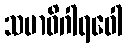
သမာဓိဂါရဝေါ